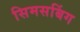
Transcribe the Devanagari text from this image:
सिमसबिंग